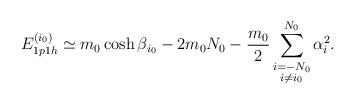
LaTeX: \begin{align*}E_{1p1h}^{(i_0)} \simeq m_0 \cosh \beta_{i_0} - 2 m_0 N_0- \frac{m_0}{2} \sum_{\stackrel{\scriptstyle i=-N_0}{i\not= i_0}}^{N_0} \alpha_i^2 .\end{align*}